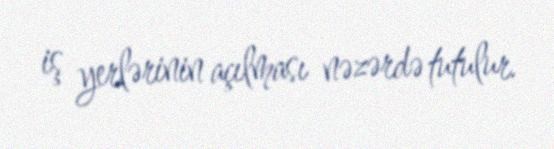
iş yerlərinin açılması nəzərdə tutulur.